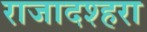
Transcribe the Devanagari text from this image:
राजादश्हरा